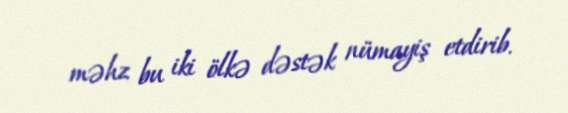
məhz bu iki ölkə dəstək nümayiş etdirib.